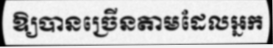
ឱ្យបានច្រើនតាមដែលអ្នក